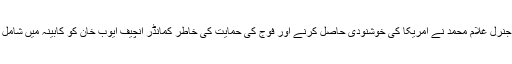
گورنر جنرل غلام محمد نے امریکا کی خوشنودی حاصل کرنے اور فوج کی حمایت کی خاطر کمانڈر انچیف ایوب خان کو کابینہ میں شامل کیا تھا۔